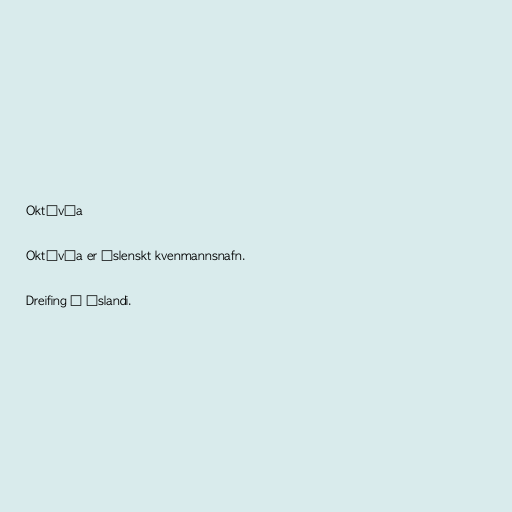
Októvía

Októvía er íslenskt kvenmannsnafn.

Dreifing á Íslandi.